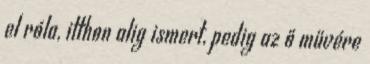
el róla, itthon alig ismert, pedig az ő művére